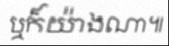
ឬក៏យ៉ាងណា៕